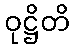
ဝုဋ္ဌိတိ